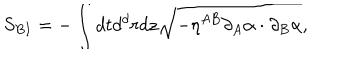
S _ { B I } = - \int d t d ^ { d } r d z \sqrt { - \eta ^ { A B } \partial _ { A } \alpha \cdot \partial _ { B } \alpha } ,